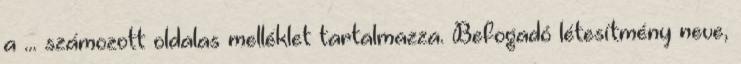
a ... számozott oldalas melléklet tartalmazza. Befogadó létesítmény neve,